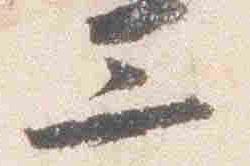
三